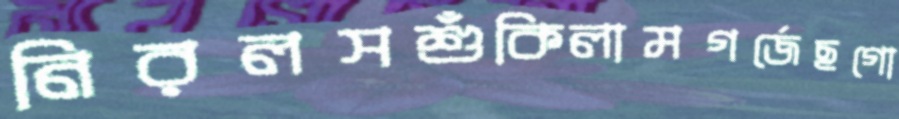
নিরলসশুঁকিলামগর্জেছগো